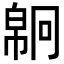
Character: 𢄗